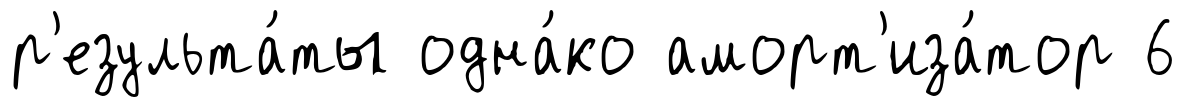
р'езульта́ты одна́ко аморт'иза́тор 6